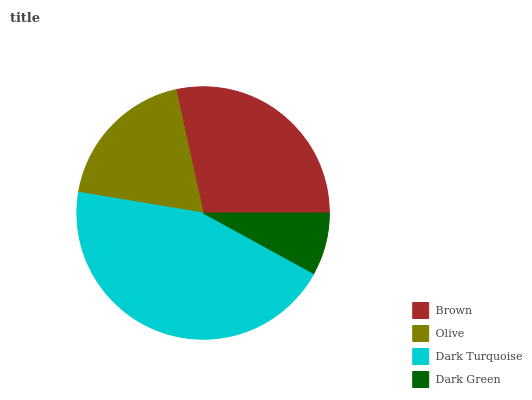
| Brown | Olive | Dark Turquoise | Dark Green |
 | --- | --- | --- | --- |
 | 28.5% | 18.9% | 44.7% | 7.96% |